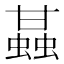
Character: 䗣